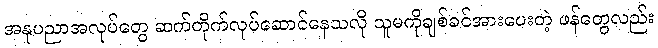
အနုပညာအလုပ်တွေ ဆက်တိုက်လုပ်ဆောင်နေသလို သူမကိုချစ်ခင်အားပေးတဲ့ ဖန်တွေလည်း